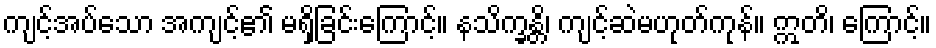
ကျင့်အပ်သော အကျင့်၏ မရှိခြင်းကြောင့်။ နသိက္ခန္တိ၊ ကျင့်ဆဲမဟုတ်ကုန်။ ဣတိ၊ ကြောင့်။